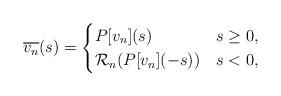
LaTeX: \begin{align*}\overline{{v}_n}(s)=\begin{cases}P[{v}_n](s)&s\geq 0,\\\mathcal R_n(P[{v}_n](-s))&s<0,\end{cases}\end{align*}